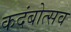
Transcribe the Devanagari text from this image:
कदंबोत्सव